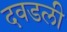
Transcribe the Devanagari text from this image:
दवडली